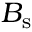
{ B } _ { \mathrm { s } }